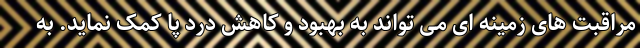
مراقبت های زمینه ای می تواند به بهبود و کاهش درد پا کمک نماید. به